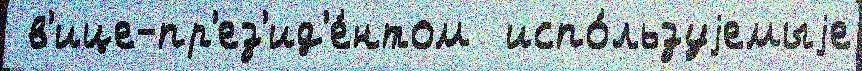
 в'ице-пр'ез'ид'е́нтом  испо́льзуjемыjе